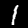
Label: 1